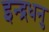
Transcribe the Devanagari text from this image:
इन्द्रधनु